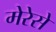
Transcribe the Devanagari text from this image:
मेरेसे